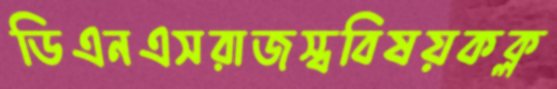
ডিএনএসরাজস্ববিষয়কক্ল